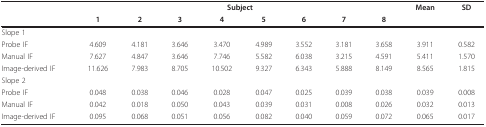
|  | <COLSPAN=8> Subject | Mean | SD |
 |  | 1 | 2 | 3 | 4 | 5 | 6 | 7 | 8 |  |  |
 | --- | --- | --- | --- | --- | --- | --- | --- | --- | --- | --- |
 | Slope 1 |  |  |  |  |  |  |  |  |  |  |
 | Probe IF | 4.609 | 4.181 | 3.646 | 3.470 | 4.989 | 3.552 | 3.181 | 3.658 | 3.911 | 0.582 |
 | Manual IF | 7.627 | 4.847 | 3.646 | 7.746 | 5.582 | 6.038 | 3.215 | 4.591 | 5.411 | 1.570 |
 | Image-derived IF | 11.626 | 7.983 | 8.705 | 10.502 | 9.327 | 6.343 | 5.888 | 8.149 | 8.565 | 1.815 |
 | Slope 2 |  |  |  |  |  |  |  |  |  |  |
 | Probe IF | 0.048 | 0.038 | 0.046 | 0.028 | 0.047 | 0.025 | 0.039 | 0.038 | 0.039 | 0.008 |
 | Manual IF | 0.042 | 0.018 | 0.050 | 0.043 | 0.039 | 0.031 | 0.008 | 0.026 | 0.032 | 0.013 |
 | Image-derived IF | 0.095 | 0.068 | 0.051 | 0.056 | 0.082 | 0.040 | 0.059 | 0.072 | 0.065 | 0.017 |